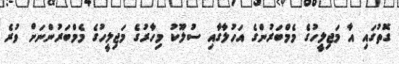
ގޮތުގައި އާ މަޖިލީހުގެ މެމްބަރުންގެ އަހުލާގާއި ސުލޫކު މިހާރުގެ މަޖިލީހުގެ މެމްބަރުންނަށް ވުރެ